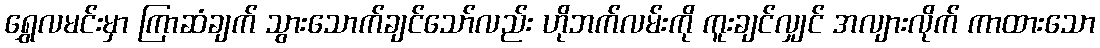
ရွှေလမင်းမှာ ကြာဆံချက် သွားသောက်ချင်သော်လည်း ဟိုဘက်လမ်းကို ကူးချင်လျှင် အလျားလိုက် ကာထားသော